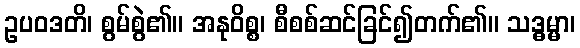
ဥပဝဒတိ၊ စွမ်စွဲ၏။ အနုဝိစ္စ၊ စီစစ်ဆင်ခြင်၍တက်၏။ သဒ္ဓမ္မာ၊